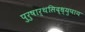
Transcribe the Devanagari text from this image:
पुरुषार्थसिद्ध्युपाय